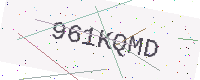
Text: 961KQMD